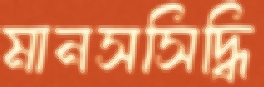
মানসসিদ্ধি